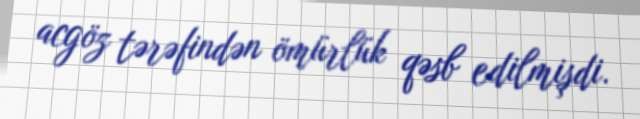
acgöz tərəfindən ömürlük qəsb edilmişdi.